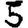
Digit: 5